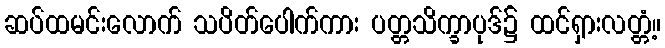
ဆပ်ထမင်းလောက် သပိတ်ပေါက်ကား ပတ္တသိက္ခာပုဒ်၌ ထင်ရှားလတ္တံ့။